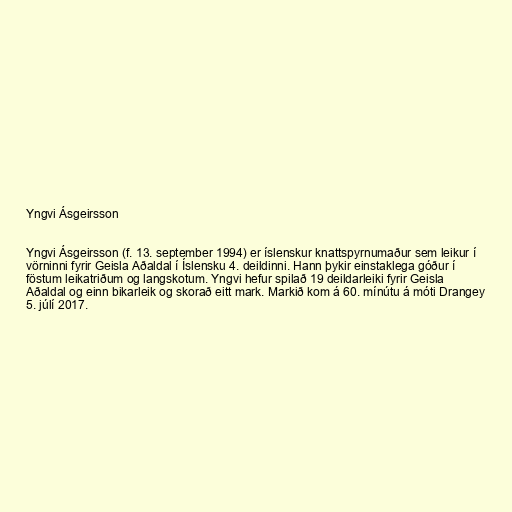
Yngvi Ásgeirsson

Yngvi Ásgeirsson (f. 13. september 1994) er íslenskur knattspyrnumaður sem leikur í
vörninni fyrir Geisla Aðaldal í Íslensku 4. deildinni. Hann þykir einstaklega góður í
föstum leikatriðum og langskotum. Yngvi hefur spilað 19 deildarleiki fyrir Geisla
Aðaldal og einn bikarleik og skorað eitt mark. Markið kom á 60. mínútu á móti Drangey
5. júlí 2017.